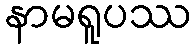
နာမရူပဿ